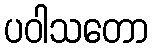
ပဝါသတော